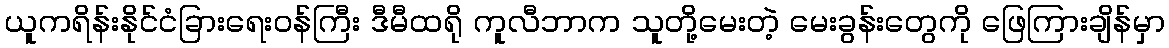
ယူကရိန်းနိုင်ငံခြားရေးဝန်ကြီး ဒီမီထရို ကူလီဘာက သူတို့မေးတဲ့ မေးခွန်းတွေကို ဖြေကြားချိန်မှာ